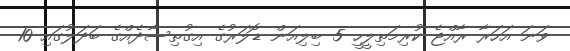
ވަނަ އަހަރާ ރާއްޖެ ކުރިމަތިލީހީ 5 ބިލިއަން ޑޮލަރުގެ އިގުތިސާދެއްގެ ބަދަލުގައި 10